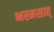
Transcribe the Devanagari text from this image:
भस्मसात्‌